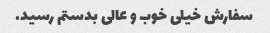
سفارش خیلی خوب و عالی بدستم رسید.